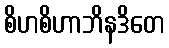
စိဟစိဟာဘိနဒိတေ